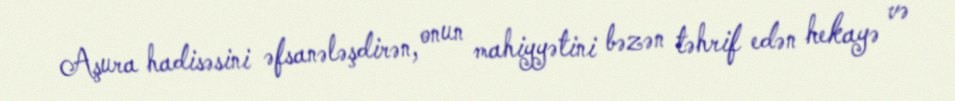
Aşura hadisəsini əfsanələşdirən, onun mahiyyətini bəzən təhrif edən hekayə və